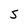
Character: 5